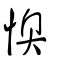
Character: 懊